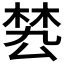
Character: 𣓕